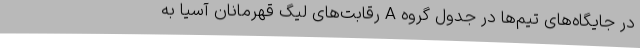
در جایگاه‌های تیم‌ها در جدول گروه A رقابت‌های لیگ قهرمانان آسیا به